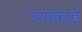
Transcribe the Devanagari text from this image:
स्योकाई